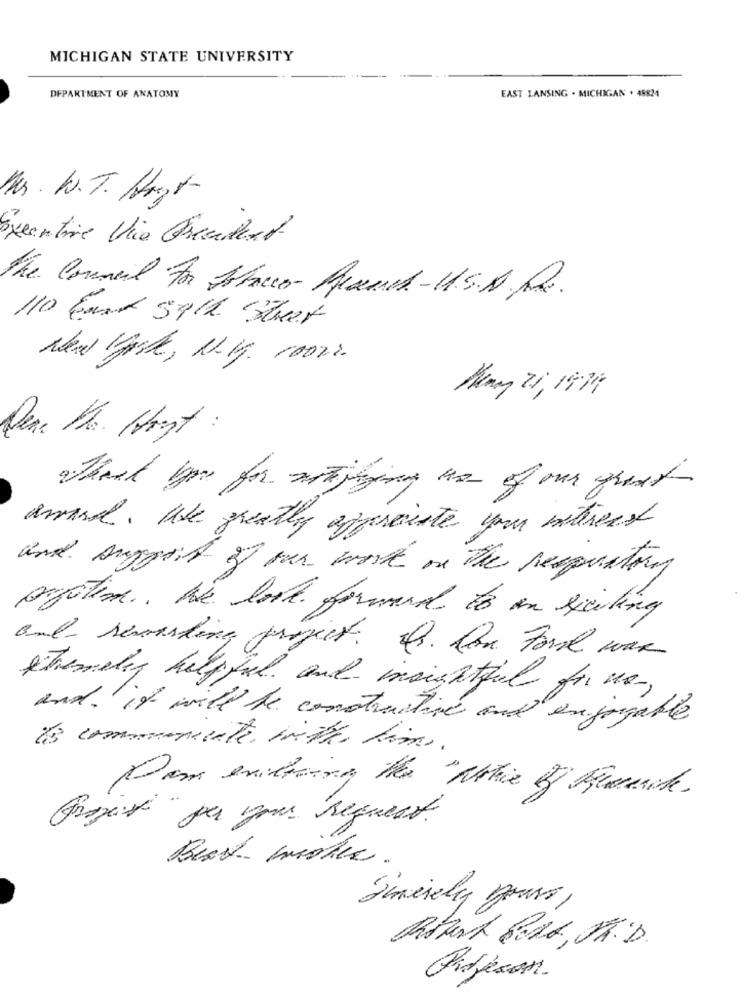
MICHIGAN STATE UNIVERSITY
DEPARTMENT OF ANATOMY
EAST LANSING . MICHIGAN . 48824
Mr . W.T. Hargt
Eventive Via Freudent
The Council For Attacco- Research-U.S.A. R2.
110 Ener 5912 Street
May 21, 1974
Dear Mr. Host :
Thank you for neiging wo of our great
award. Use greatly appreciate you withers
and support of our work on the respecting
prpatin. We look forward to in werking
and rewarding projet Q. han Ford war
themelig helpful and insightful forma,
and if with he constructive and enjoyable
Bis communauté inthe time.
Com exiting the "Notice of threemile.
Trois "per your request.
Simerely yours ,
Fidjeson.